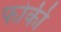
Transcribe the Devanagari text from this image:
फोकी